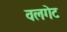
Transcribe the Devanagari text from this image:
वलगेट